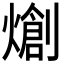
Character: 𤏬